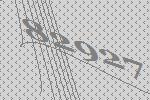
82927